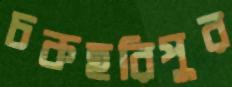
চকহরিপুর